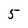
Character: 5